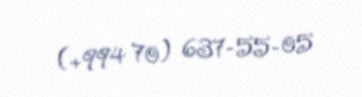
(+994 70) 637-55-05